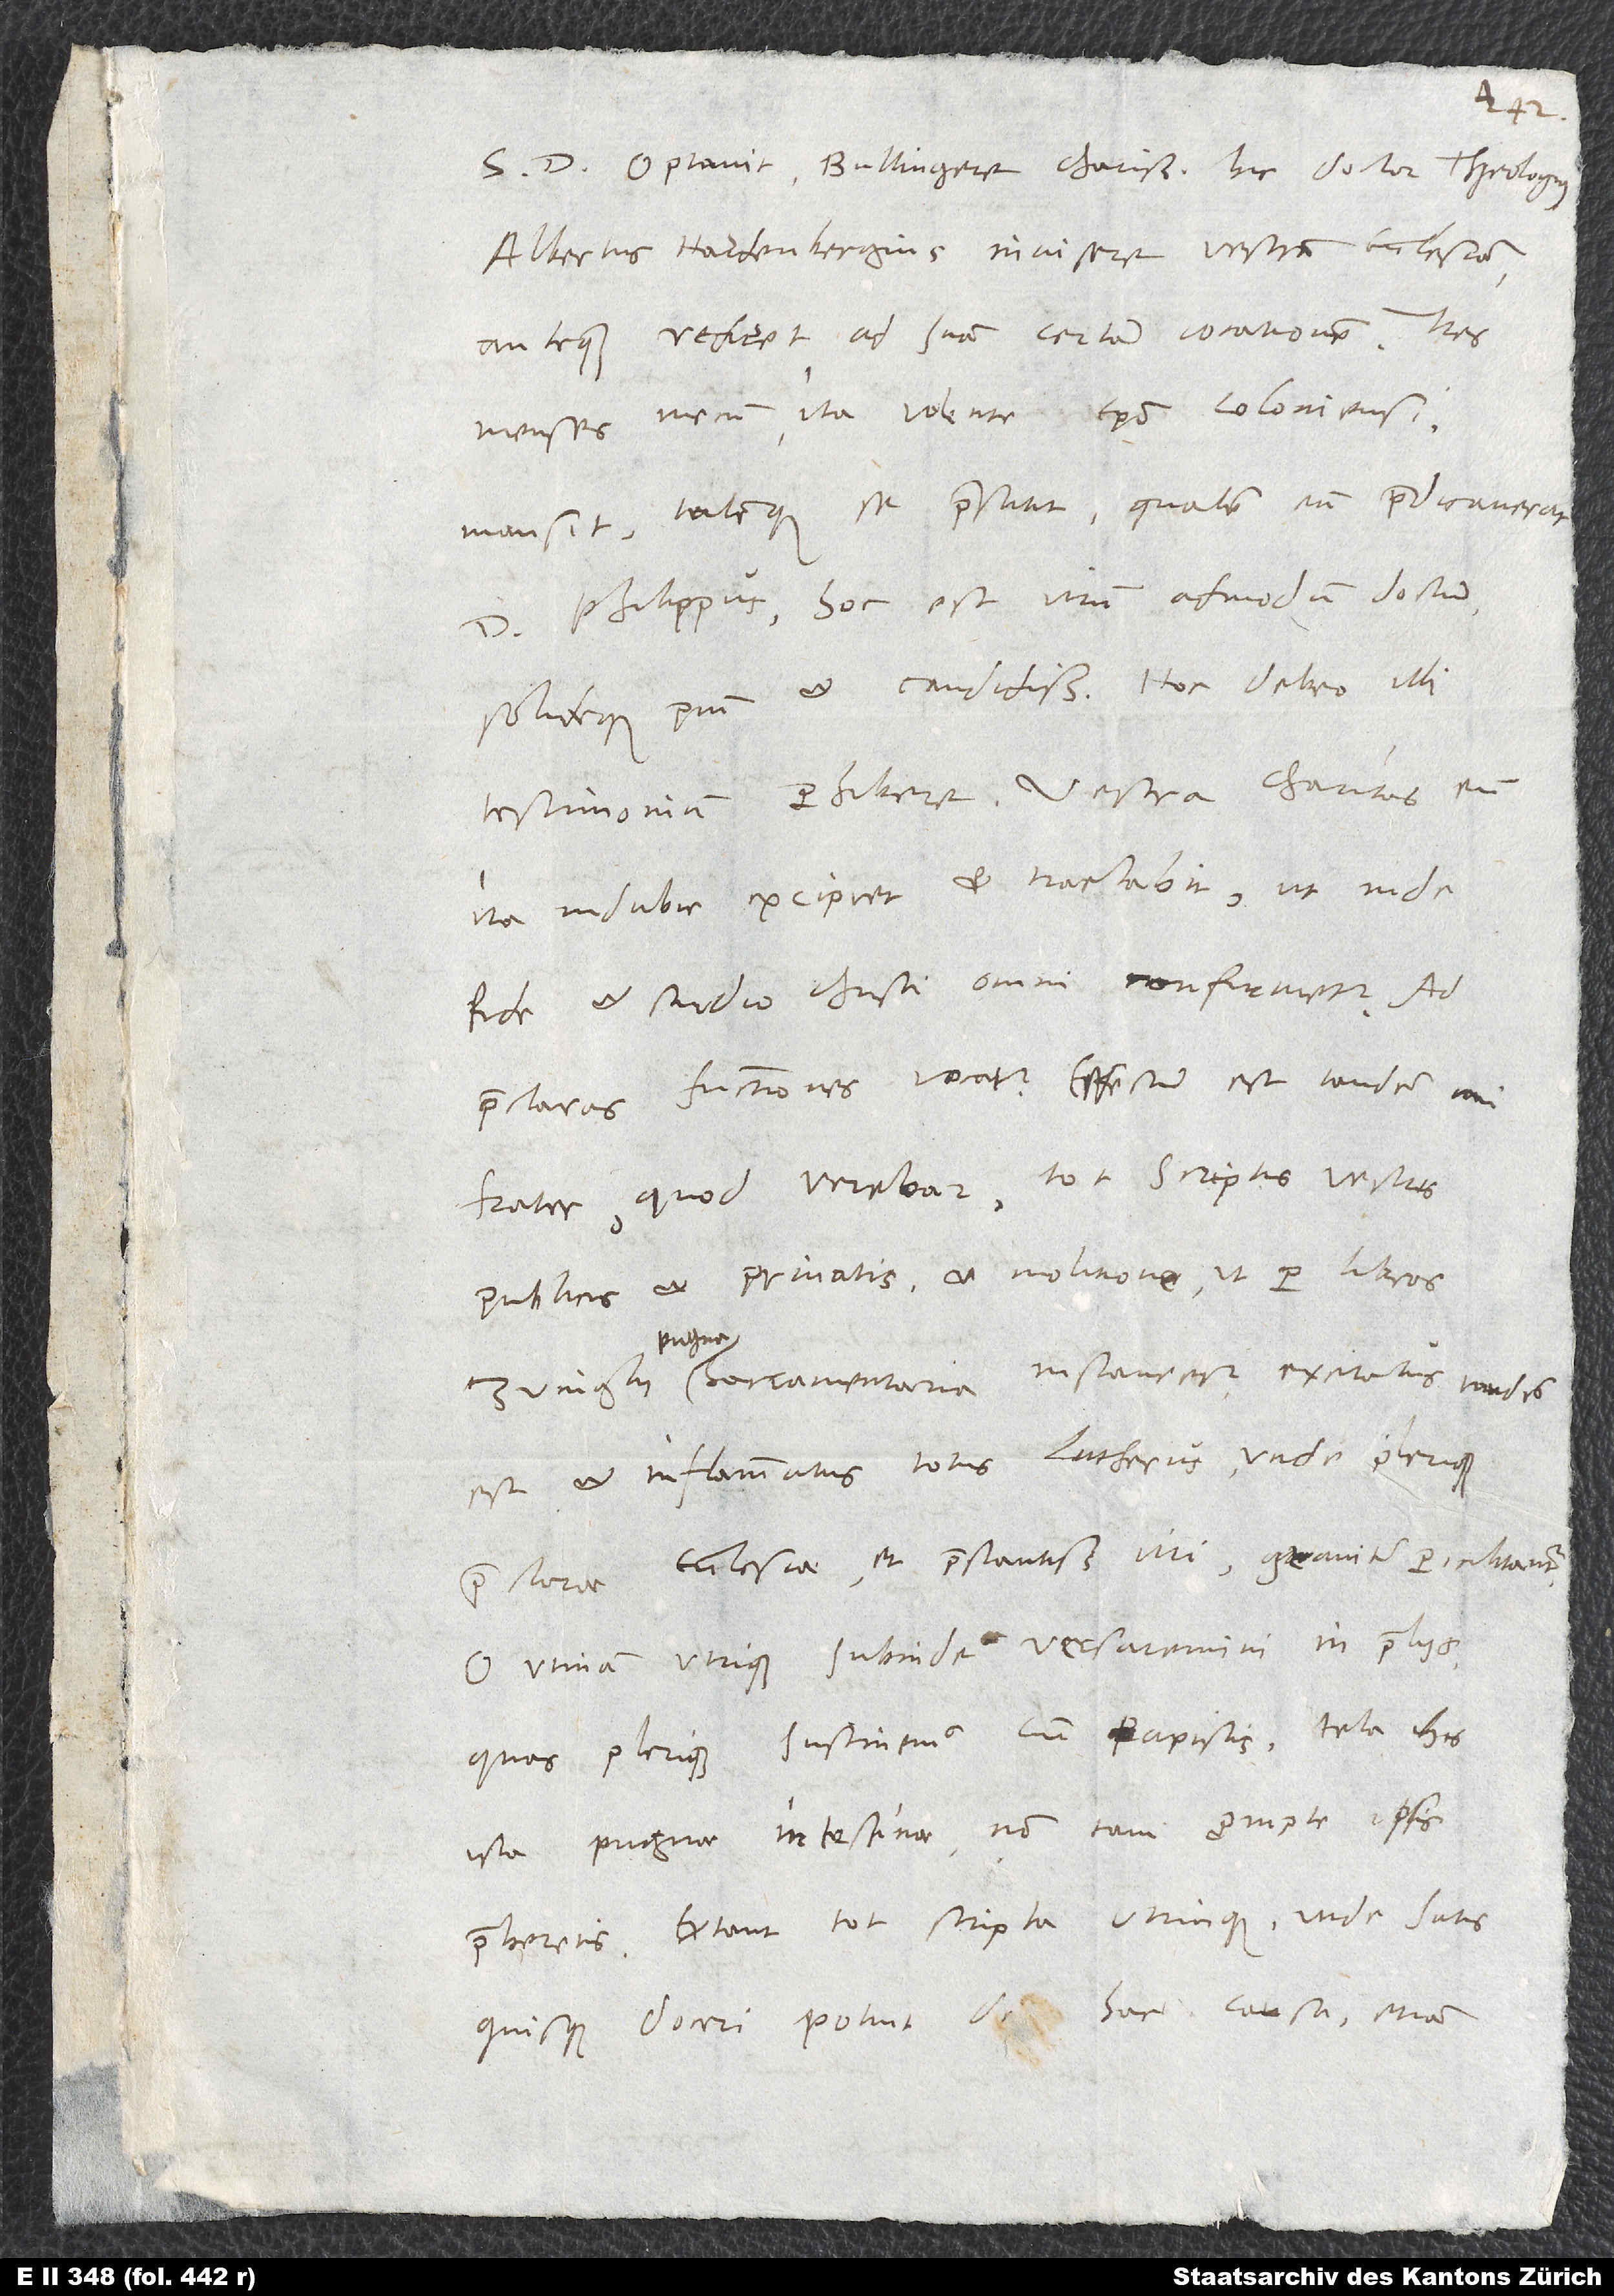
S. Optavit, Bullingere charissime, hic doctor theologus
Albertus Hardenbergius invisere vestram ecclesiam,
antequam rediret ad suam certam vocationem. Tres
menses mecum ita volente episcopo Coloniensi
mansit talemque se praestitit, qualem ante praedicaverat
d. Philippus, hoc est virum admodum doctum
solideque pium et candidissimum. Hoc debeo illi
testimonium perhibere. Vestra charitas eum
ita indubie excipiet et tractabit, ut inde
fide et studio Christi omni confirmetur. Ad
frater, quod verebar: Tot scriptis vestris
et privatis et molitione, ut per libros
publicis
pugna
Zvinglii pugna sacramentaria instauretur, excitatus tandem
est et inflammatus totus Lutherus, unde plerique
praeclarae ecclesiae et praestantissimi viri graviter periclitantur.
O utinam utrique subinde versaremini in proeliis,
quae plerique sustinemus cum papistis, tela his
ista pugnae intestinae non tam prompte ipsis
quisque doceri potuit de hac causa, etiam